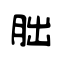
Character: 朏